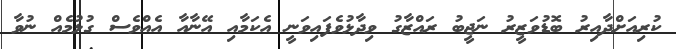
ކުރިއަށްދާއިރު ބޮޑުވަޒީރު ނަޖީބު ރައްޒާގު ވިދާޅުވެފައިވަނީ އެކަމާއި އޭނާއާ އެއްވެސް ގުޅުމެއް ނުވާ